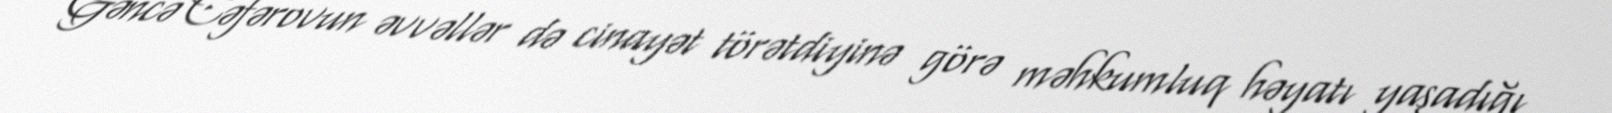
Gəncə Cəfərovun əvvəllər də cinayət törətdiyinə görə məhkumluq həyatı yaşadığı